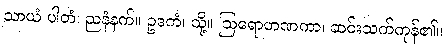
သာယံ ပါတံ၊ ညနံနက်။ ဥဒကံ၊ သို့။ ဩရောဟဏကာ၊ ဆင်းသက်ကုန်၏။